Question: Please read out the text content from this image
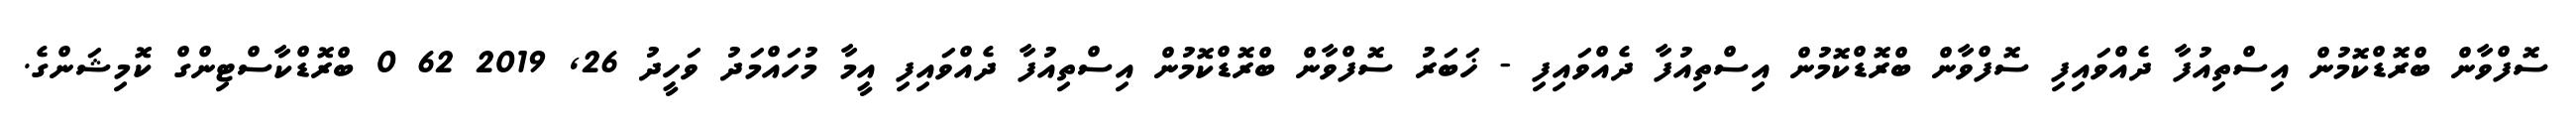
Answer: ސޮފްވާން ބްރޮޑްކޮމުން އިސްތިއުފާ ދެއްވައިފި ސޮފްވާން ބްރޮޑްކޮމުން އިސްތިއުފާ ދެއްވައިފި - ޚަބަރު ސޮފްވާން ބްރޮޑްކޮމުން އިސްތިއުފާ ދެއްވައިފި އީމާ މުހައްމަދު ވަހީދު 26, 2019 62 0 ބްރޮޑްކާސްޓިންގް ކޮމިޝަންގެ.